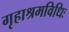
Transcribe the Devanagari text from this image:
गृहाश्रमविधिः